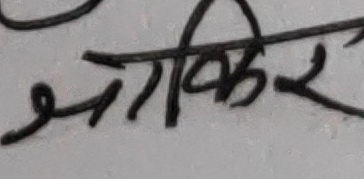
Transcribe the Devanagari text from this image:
जगकिर